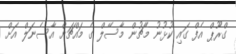
ގްރޫޕް އެފް ގައި ކުޅުނު މެޗުން މާސޭލް ގެ މައްޗަށް އާސެނަލް އަށް